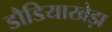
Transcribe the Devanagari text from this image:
डौडियाखेड़ा